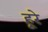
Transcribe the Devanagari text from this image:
हूरे